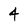
Character: 4